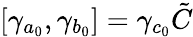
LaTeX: \left[\gamma_{a_{0}},\gamma_{b_{0}}\right]=\gamma_{c_{0}}\tilde{C}